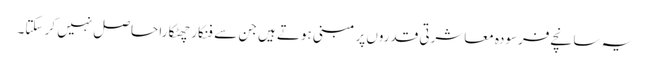
یہ سانچے فرسودہ معاشرتی قدروں پر مبنی ہوتے ہیں جن سے فنکار چھٹکارا حاصل نہیں کر سکتا۔